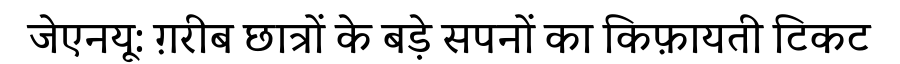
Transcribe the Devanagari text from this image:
जेएनयू: ग़रीब छात्रों के बड़े सपनों का किफ़ायती टिकट